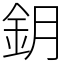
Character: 鈅